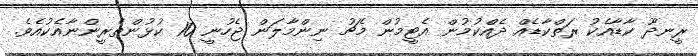
ރީނދޫ ކާޑާއެކު ރަތްކާޑެއް ދެއްކުމުން އެޓީމުން މެޗު ނިންމާލަން ޖެހުނީ 10 ކުޅުންތެރީންނާއެކުއެވެ.